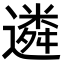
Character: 遴